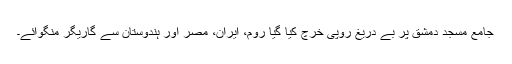
جامع مسجد دمشق پر بے دریغ روپی خرچ کیا گیا روم، ایران، مصر اور ہندوستان سے گاریگر منگوائے۔